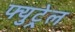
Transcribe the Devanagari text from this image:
फ्युट्रेल